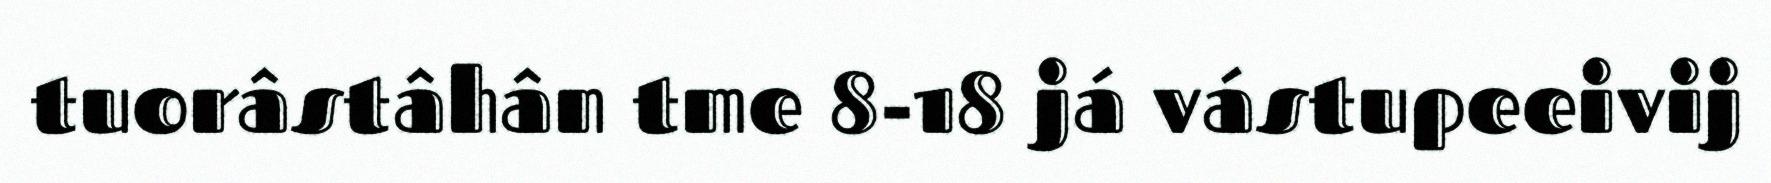
tuorâstâhân tme 8-18 já vástupeeivij